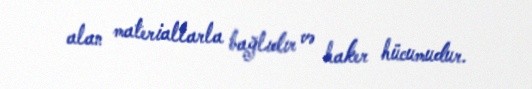
alan materiallarla bağlıdır və haker hücumudur.